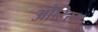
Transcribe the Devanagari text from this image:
औटिस्म